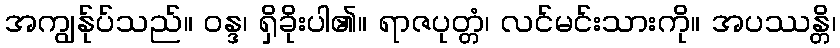
အကျွန်ုပ်သည်။ ဝန္ဒ၊ ရှိခိုးပါ၏။ ရာဇပုတ္တံ၊ လင်မင်းသားကို။ အပဿန္တိ၊